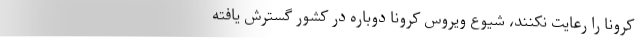
کرونا را رعایت نکنند، شیوع ویروس کرونا دوباره در کشور گسترش یافته